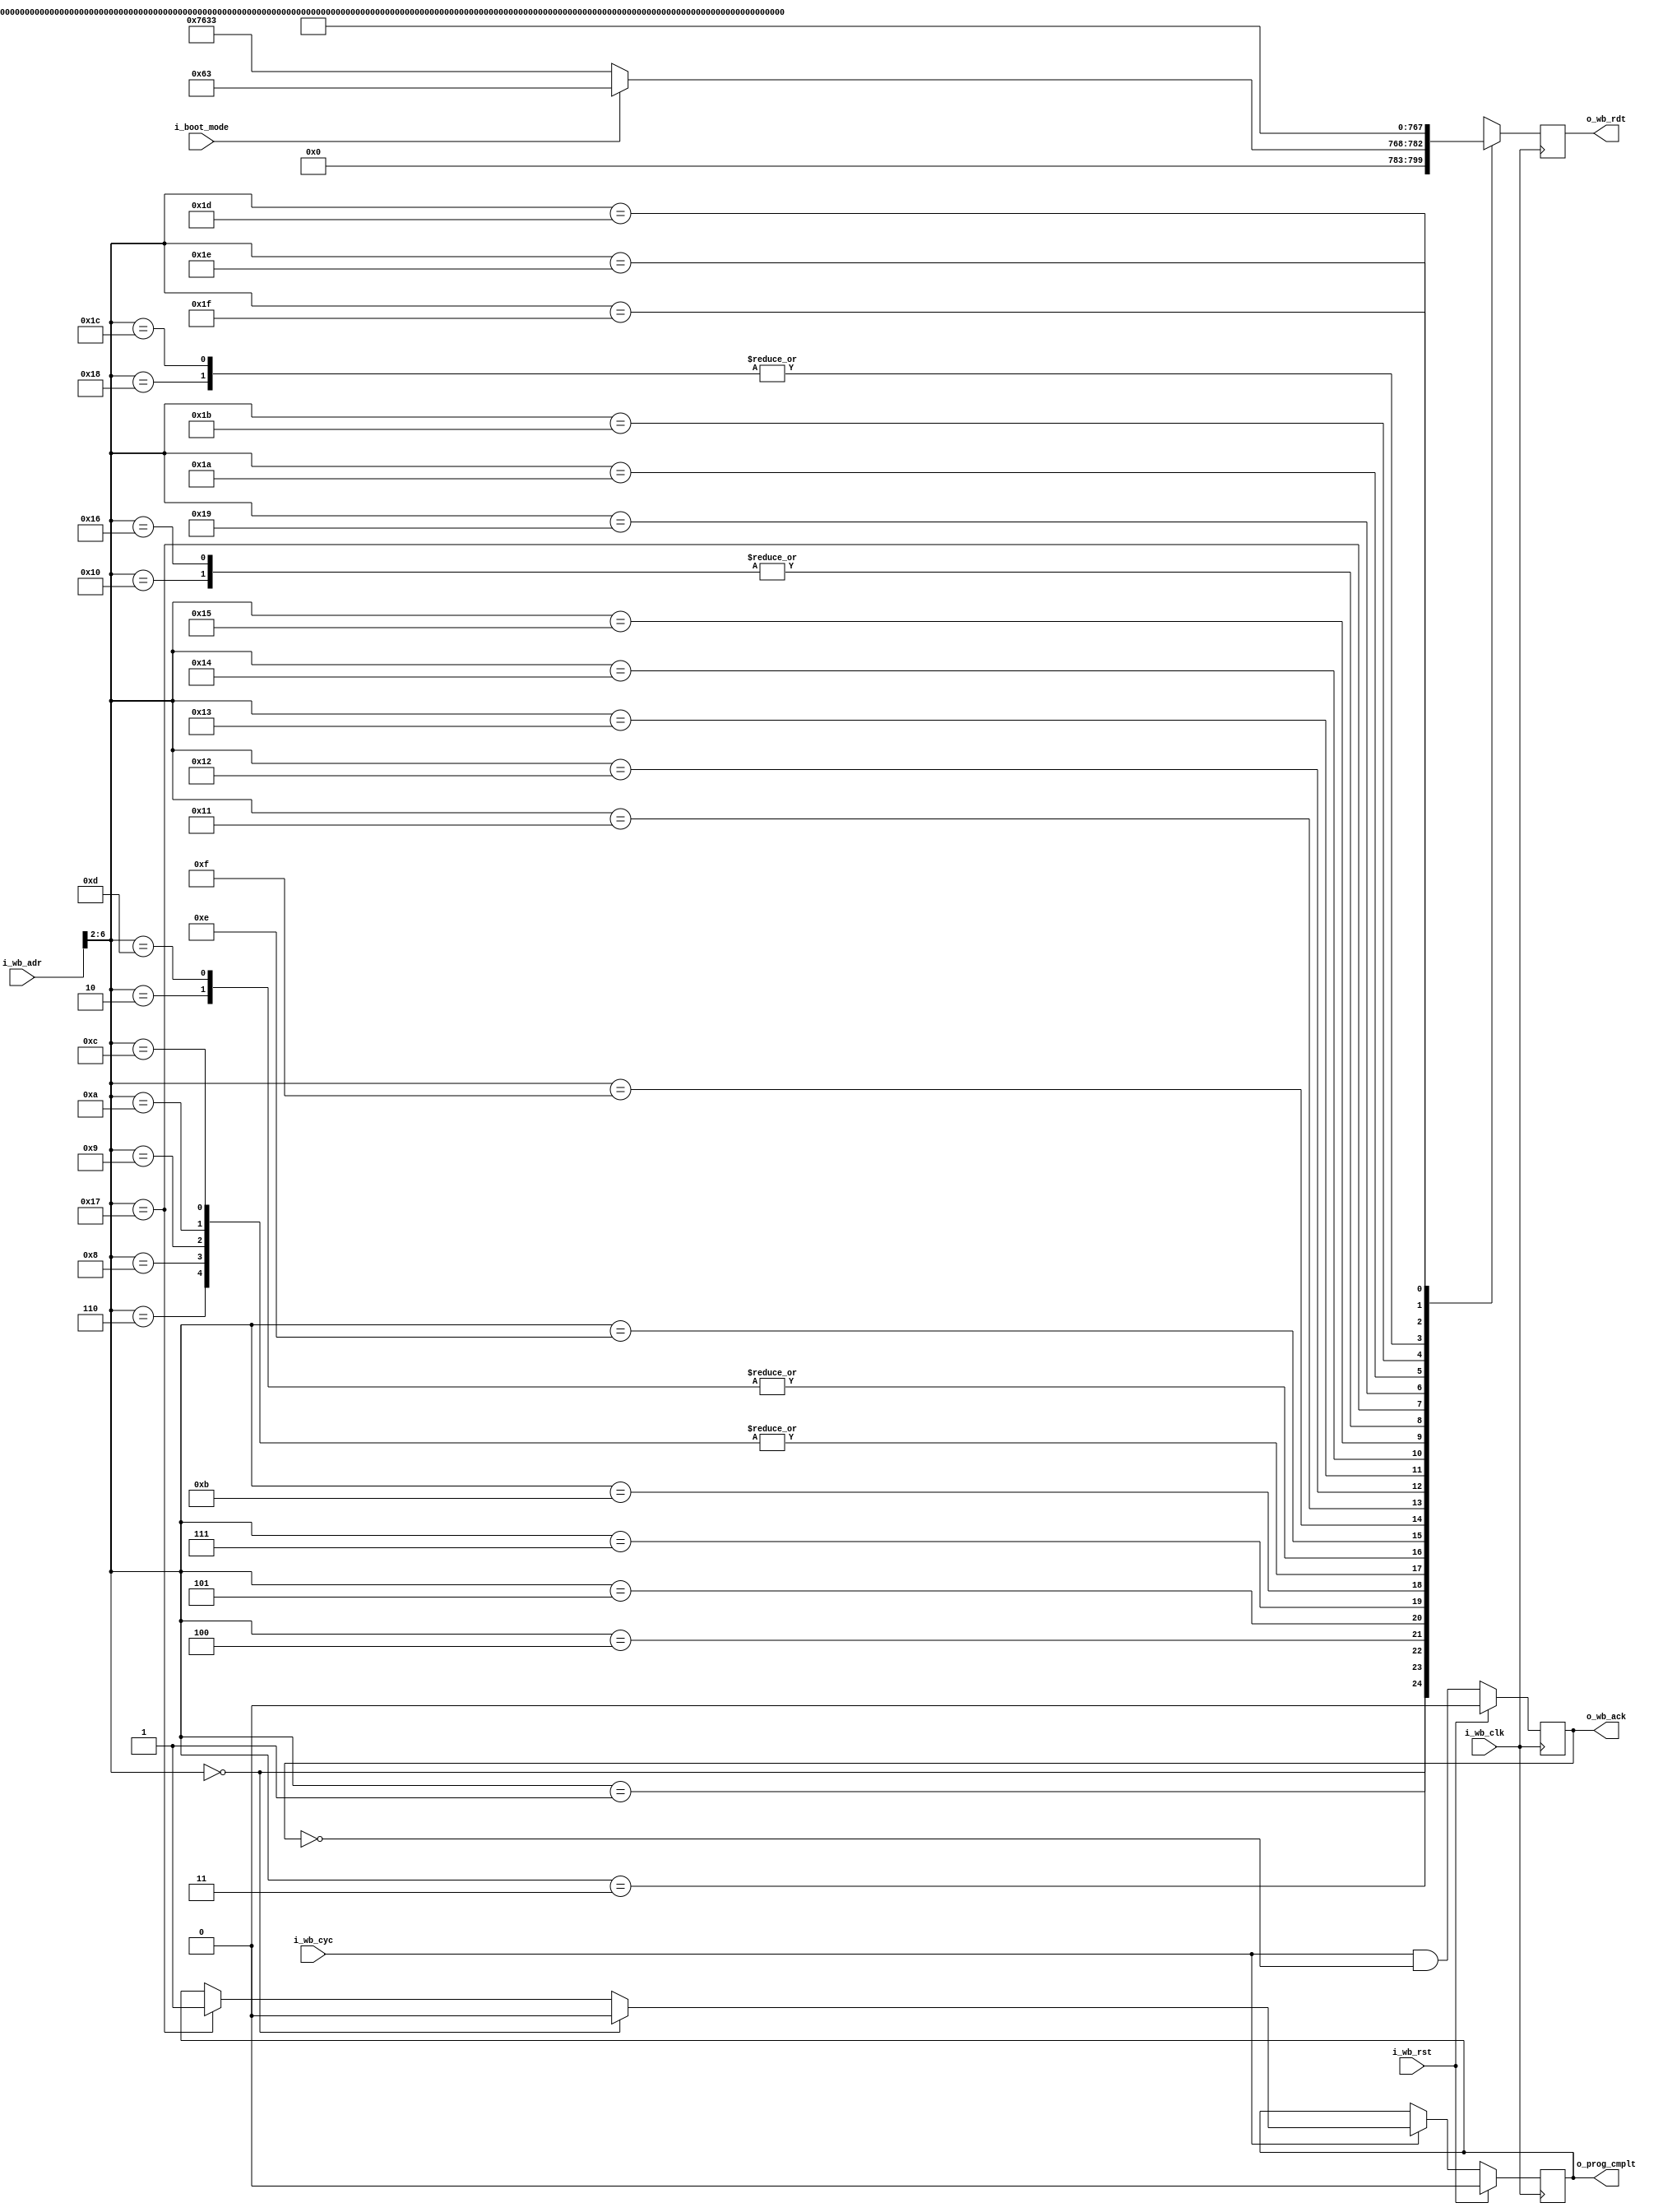
`timescale 1ns / 1ps
//////////////////////////////////////////////////////////////////////////////////
// Company: 
// Engineer: 
// 
// Design Name: 
// Module Name: rom
// Project Name: 
// Target Devices: 
// Tool Versions: 
// Description: 
// 
// Dependencies: 
// 
// Revision:
// Revision 0.01 - File Created
// Additional Comments:
// 
//////////////////////////////////////////////////////////////////////////////////


module rom# (
    parameter memsize = 8192, // in bytes
    parameter FLASH_ADDRESS = 32'hc000_0000,
    parameter RAM_ADDR = 32'h4000_0000
)
(
    input  wire         i_wb_clk,
    input  wire         i_wb_rst,
    input  wire         i_boot_mode,
    output reg          o_prog_cmplt,
    // Wishbone
    input  wire [31:0]  i_wb_adr,
    input  wire         i_wb_cyc,
    output reg  [31:0]  o_wb_rdt,
    output reg          o_wb_ack
);
       
    wire [4:0] addr = i_wb_adr[6:2];

    always @(posedge i_wb_clk)
        if (i_wb_rst)
            o_wb_ack <= 1'b0;
        else
            o_wb_ack <= i_wb_cyc & !o_wb_ack;
    
    always @(posedge i_wb_clk)
        if (i_wb_rst) o_prog_cmplt <= 1'b0;
        else if (i_wb_cyc) begin
            if (addr == 5'd0) o_prog_cmplt <= 1'b0;
            else if (addr == 5'd23) o_prog_cmplt <= 1'b1;
        end
    
    always @(posedge i_wb_clk)
        case (addr)
            // LOAD_PC:
            5'd0:  o_wb_rdt <= i_boot_mode? 32'h00000063: 32'h00007633;
            // ENABLE_FLASH:
            5'd1:  o_wb_rdt <= 32'h00047433;
            5'd2:  o_wb_rdt <= {FLASH_ADDRESS[31:12], 12'h437};
            5'd3:  o_wb_rdt <= 32'h00100493;
            5'd4:  o_wb_rdt <= 32'h00942023;
            // SET_COMMAND:
            5'd5:  o_wb_rdt <= 32'h00300513;
            5'd6:  o_wb_rdt <= 32'h060600e7;
            5'd7:  o_wb_rdt <= 32'h00000513;
            // WRITE_ADDRESS:
            5'd8:  o_wb_rdt <= 32'h060600e7;
            5'd9:  o_wb_rdt <= 32'h060600e7;
            5'd10: o_wb_rdt <= 32'h060600e7;
            // LOOP:
            5'd11: o_wb_rdt <= 32'h0003f3b3;
            5'd12: o_wb_rdt <= 32'h060600e7;
            5'd13: o_wb_rdt <= {FLASH_ADDRESS[31:12], 12'h437};
            5'd14: o_wb_rdt <= 32'h00440413;
            5'd15: o_wb_rdt <= 32'h00044483;
            5'd16: o_wb_rdt <= {RAM_ADDR[31:12], 12'h437};
            5'd17: o_wb_rdt <= 32'h00740433;
            5'd18: o_wb_rdt <= 32'h00940023;
            5'd19: o_wb_rdt <= {memsize[31:12], 12'h437};
            5'd20: o_wb_rdt <= 32'h00138393;
            5'd21: o_wb_rdt <= 32'hfc741ee3;
            // JUMP_TO_START:
            5'd22: o_wb_rdt <= {RAM_ADDR[31:12], 12'h437};
            5'd23: o_wb_rdt <= {RAM_ADDR[11:0], 20'h40067};
//            5'd23: o_wb_rdt <= 32'h00000063;
            // WRITE_COMMAND:
            5'd24: o_wb_rdt <= {FLASH_ADDRESS[31:12], 12'h2b7};
            5'd25: o_wb_rdt <= 32'h00428293;
            5'd26: o_wb_rdt <= 32'h00a00333;
            5'd27: o_wb_rdt <= 32'h0062a023;          
            // READ_BUSY:
            5'd28: o_wb_rdt <= {FLASH_ADDRESS[31:12], 12'h2b7};
            5'd29: o_wb_rdt <= 32'h0002a303;
            5'd30: o_wb_rdt <= 32'hfe031ee3;
            5'd31: o_wb_rdt <= 32'h00008067;
            default: o_wb_rdt <= 32'h00000013;
        endcase
      
endmodule